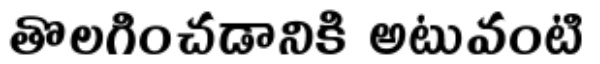
తొలగించడానికి అటువంటి